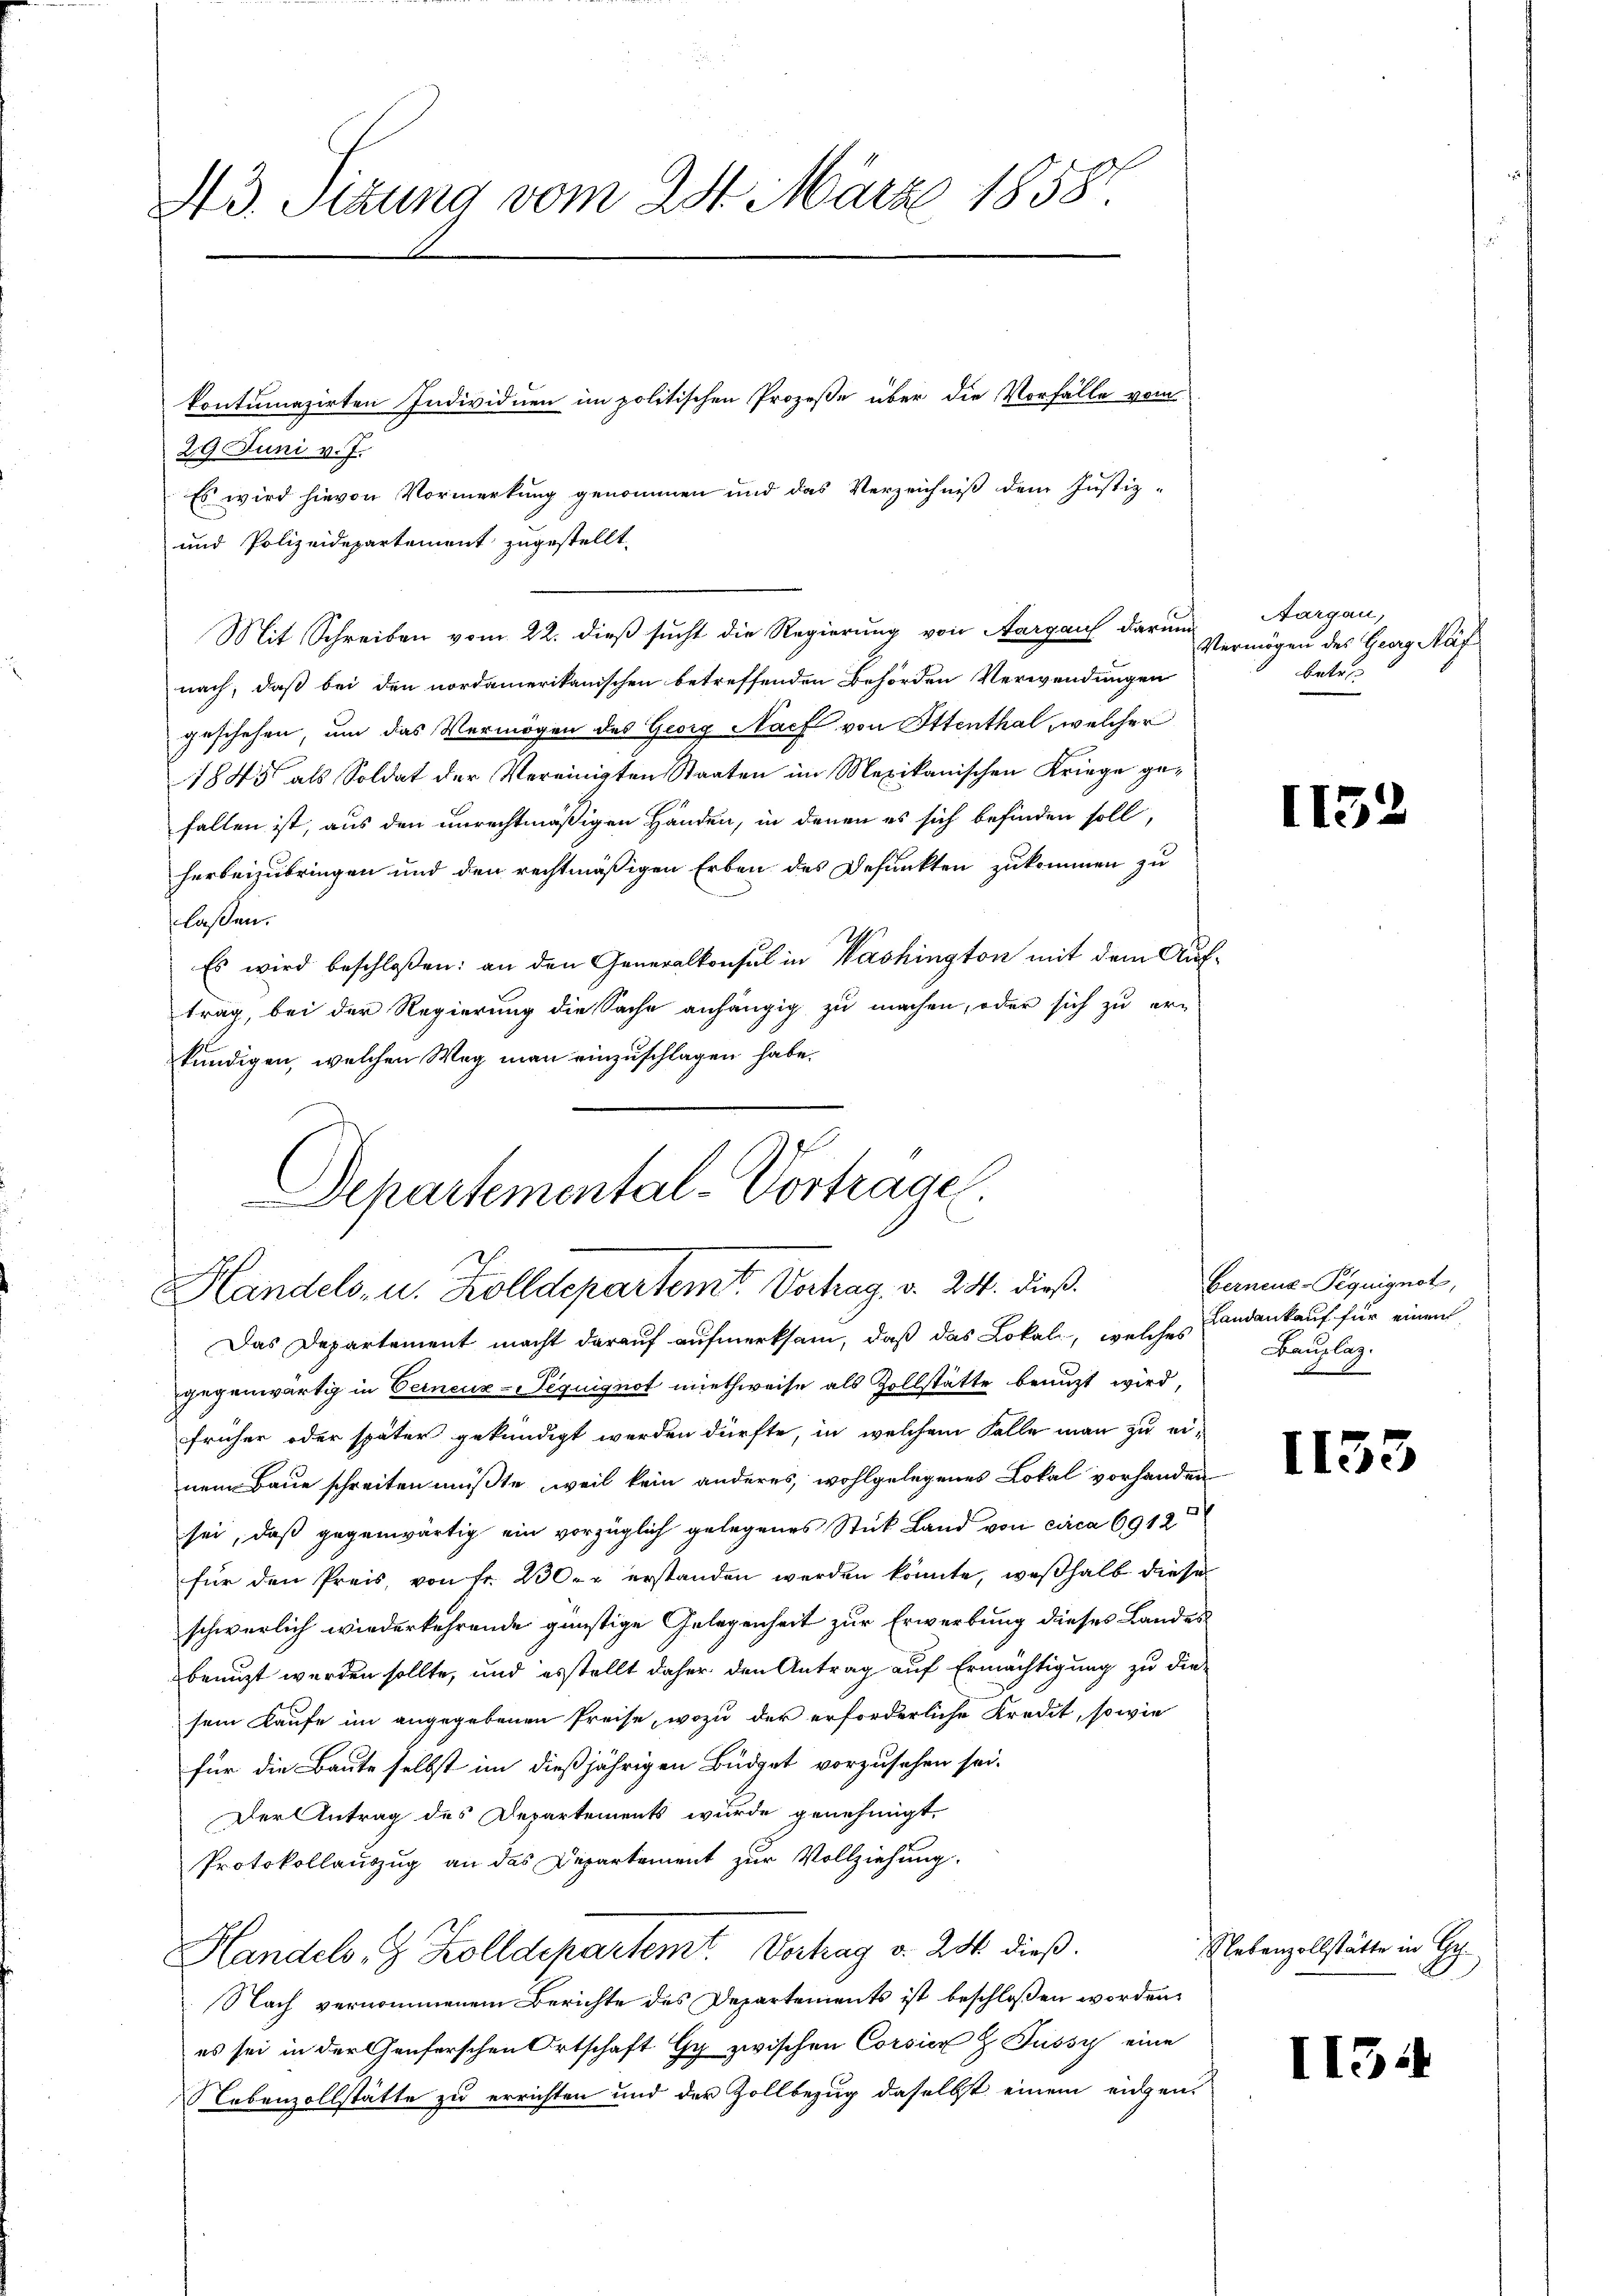
43. Sizung vom 28. März 18587.
kontumazirten Individuen im politischen Prozeße über die Vorfälle vom
29 Juni v. J.
Es wird hievon Vormerkung genommen und das Verzeichniß dem Justiz-

und Polizeidepartement zugestellt.
Mit Schreiben vom 22. dieß sucht die Regierung von Aargau darum
nach, daß bei den nordamerikanischen betreffenden Behörden Verwendungen
geschehen, um das Vermögen des Georg Nach von Ottenthal, welcher
1845 als Soldat der Vereinigten Staaten im Mexikanischen Kriege gefallen ist, aus den unrechtmäßigen Händen, in denen es sich befinden soll,
herbeizubringen und den rechtmäßigen Erben des Defunkten zukommen zu
laßen.
Es wird beschlossen: an den Generalkonsul in Washington mit dem Auf-
trag, bei der Regierung die Sache anhängig zu machen, oder sich zu er-
kündigen, welchen Weg man einzuschlagen habe.

Schartemental-Vortrage
e
Handels, u. Zolldepartemt. Vorhag. v. 231. dieß

Aargau,
Vermögen des Georg Näf
betre

Das Departement macht darauf aufmerksam, daß das Lokali, welches
gegenwärtig in Verneur-eguignot miethweise als Zollstätte benuzt wird,
früher oder später gekündigt werden dürfte, in welchem Falle man zu einem Baue schreiten müßte, weil kein anderes, wohlgelegenes Lokal vorhanden
sei, daß gegenwärtig ein vorzüglich gelegenes Stück Land von circa 6912
für den Preis, von fr. 230. erstanden werden könnte, weßhalb diese
schwerlich wiederkehrende günstige Gelegenheit zur Erwerbung dieses Landes
benuzt werden sollte, und es stellt daher den Antrag auf Ermächtigung zu die-
sein Kaufe im angegebenen Preise, wozu der erforderliche Kredit, sowie
für die Baute selbst im dießjährigen Büdget vorzusehen sei.
Der Antrag des Departements wurde genehmigt.
Protokollauszug an das Departement zur Vollziehung.
Handels, Kolldepartemt. Vertrag v. 28. dieß.
Nach vernommenem Berichte des Departements ist beschloßen worden,
es sei in der Genferschen Ortschaft Gy zwischen Corsich Fussy eine
Lebenzollstätte zu errichten und der Zollbezug daselbst einem eidgen.

1152

Gerneus-Piguignot,
Landankauf für einen
Bauplaz.

1153

¬

Nebenzollstätte in Ge¬

II54